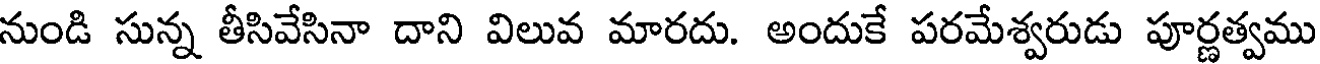
నుండి సున్న తీసివేసినా దాని విలువ మారదు. అందుకే పరమేశ్వరుడు పూర్ణత్వము